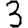
Digit: 3